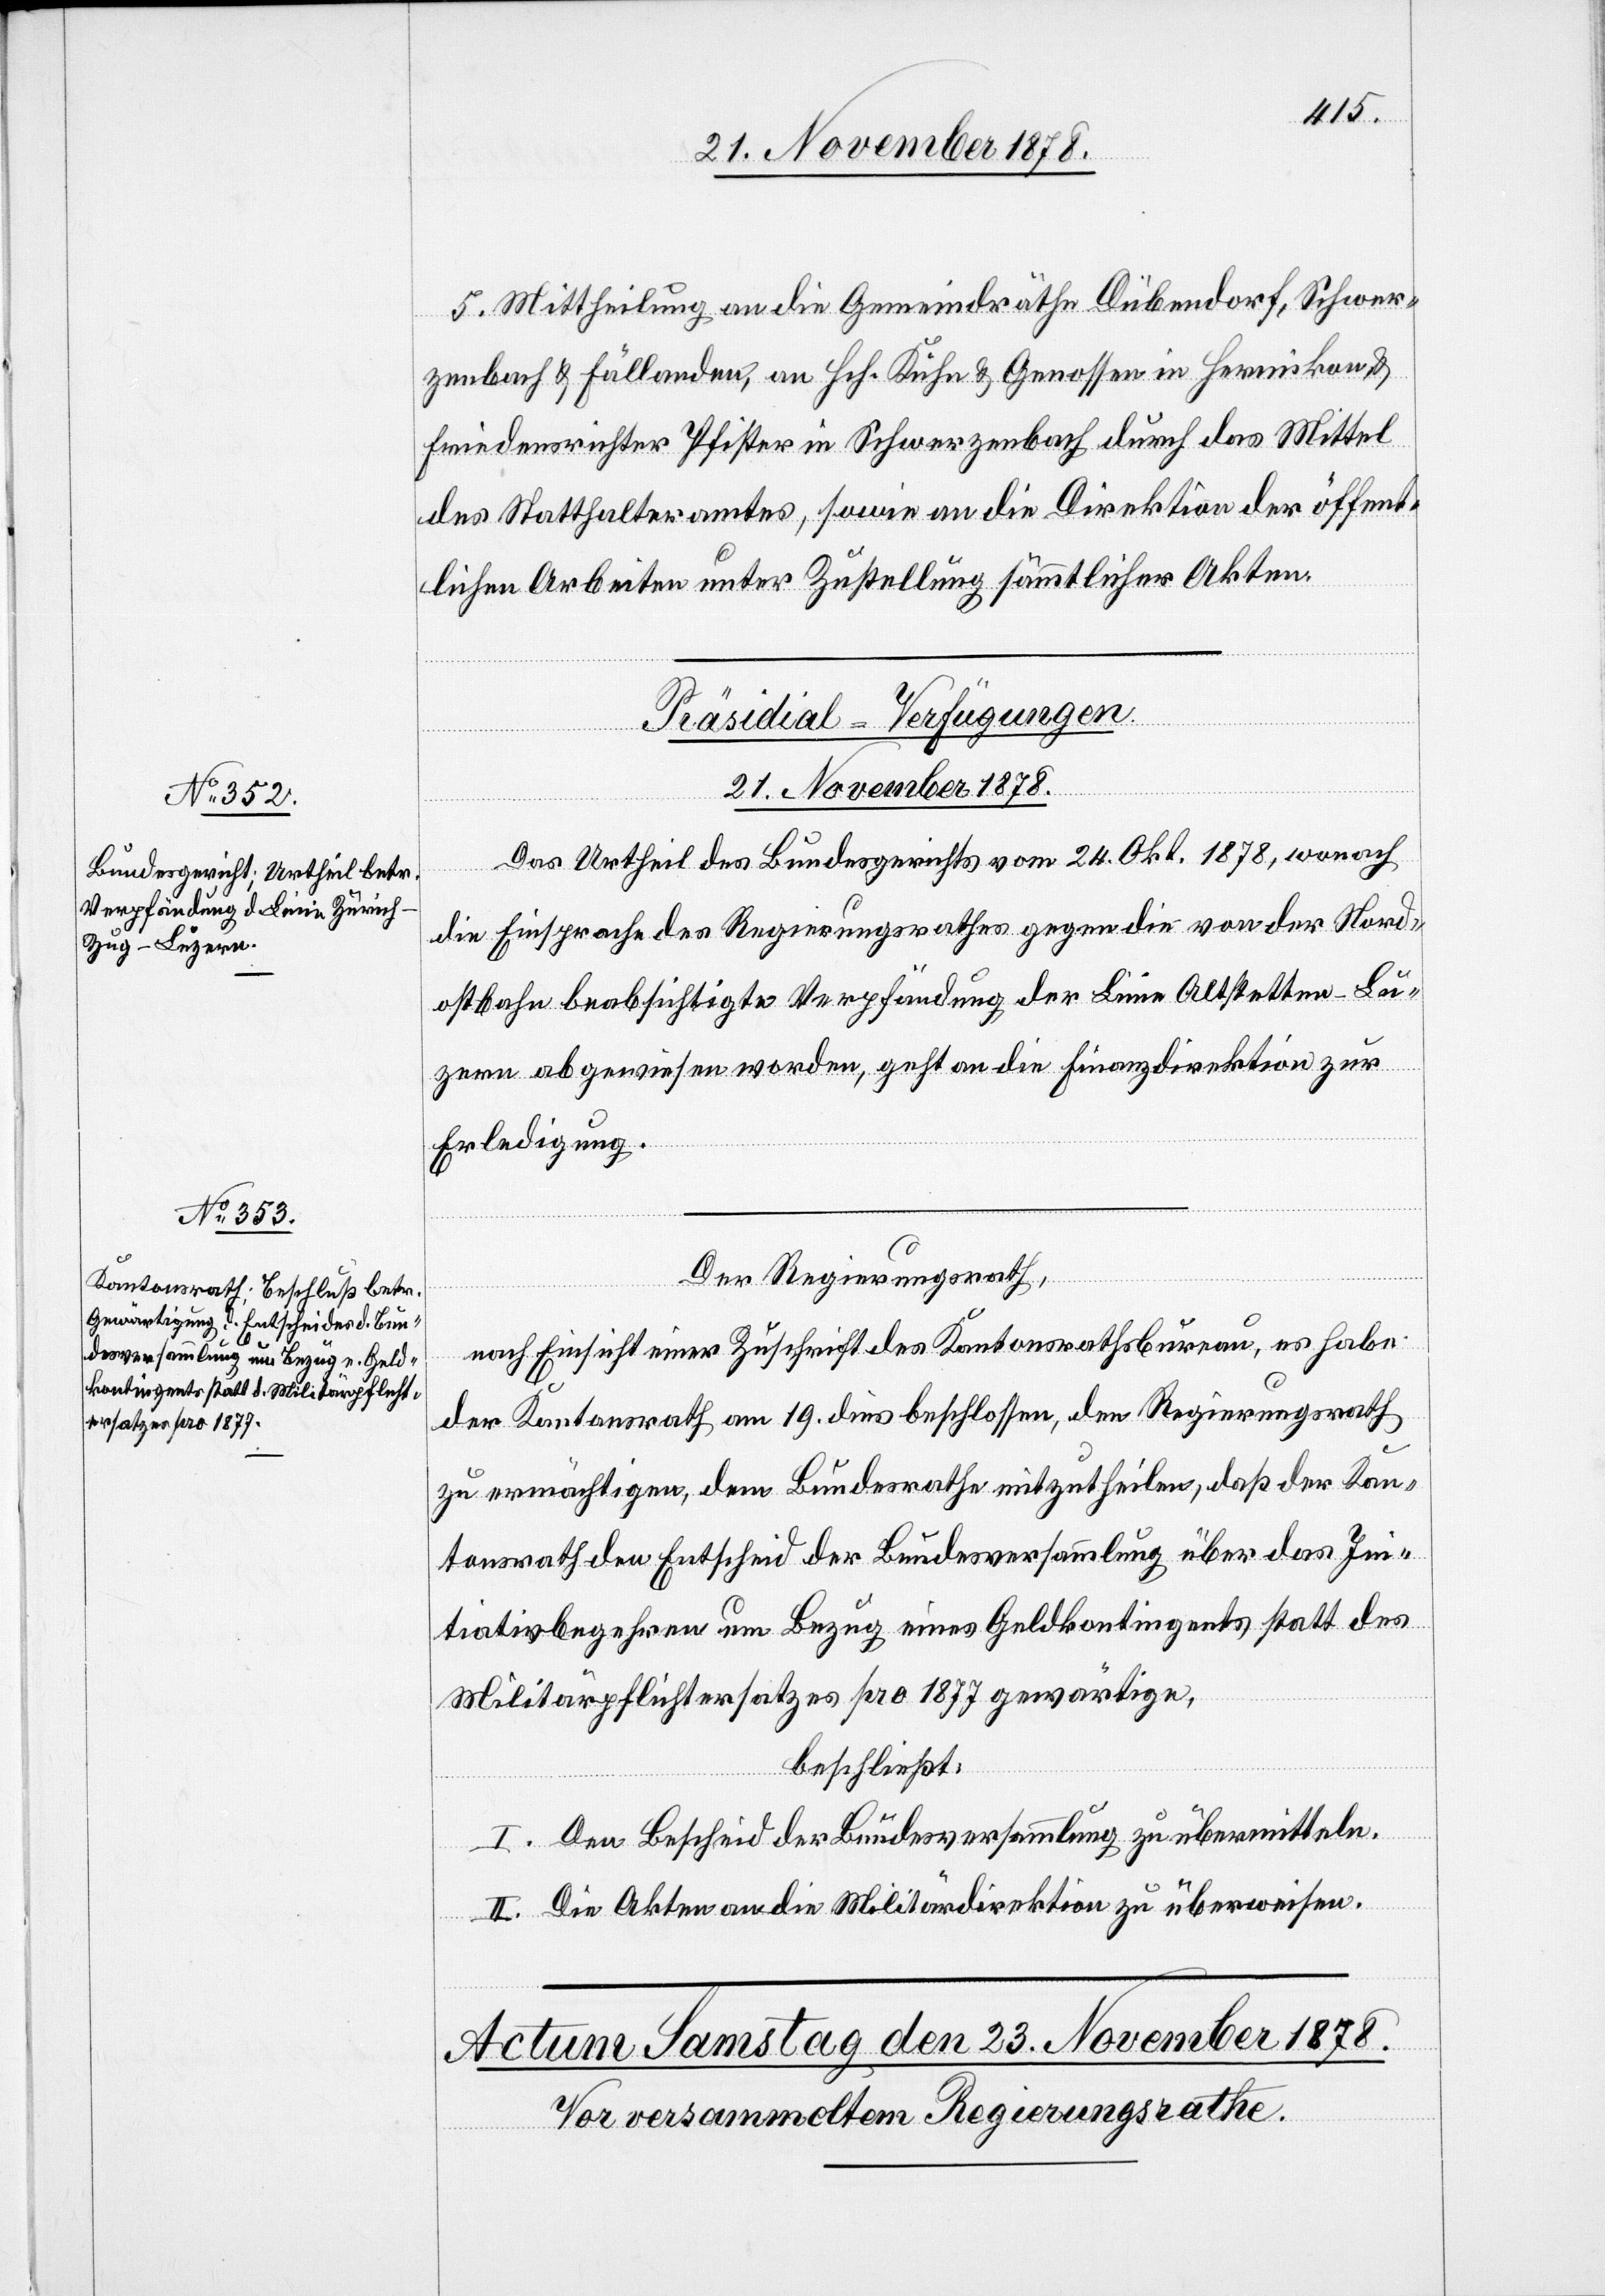
5. Mittheilung an die Gemeindräthe Dübendorf, Schwer¬
zenbach & Fällanden, an Hch. Kuhn & Genossen in Hermikon &
Friedensrichter Pfister in Schwerzenbach durch das Mittel
des Statthalteramtes, sowie an die Direktion der öffent¬
lichen Arbeiten unter Zustellung sämmtlicher Akten.
[Präsidial-Verfügungen.
21. November 1878.]
Das Urtheil des Bundesgerichts vom 24. Okt. 1878, wonach
die Einsprache des Regierungsrathes gegen die von der Nord¬
ostbahn beabsichtigte Verpfändung der Linie Altstetten–Lu¬
zern abgewiesen worden, geht an die Finanzdirektion zur
Erledigung.
Der Regierungsrath,
nach Einsicht einer Zuschrift des Kantonsrathsbureau, es habe
der Kantonsrath am 19. dies beschlossen, den Regierungsrath
zu ermächtigen, dem Bundesrathe mitzutheilen, daß der Kan¬
tonsrath den Entscheid der Bundesversammlung über das In¬
itiativbegehren um Bezug eines Geldkontingents statt des
Militärpflichtersatzes pro 1877 gewärtige,
beschließt:
I. Den Bescheid der Bundesversammlung zu übermitteln.
II. Die Akten an die Militärdirektion zu überweisen.